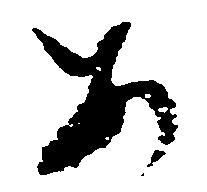
あ